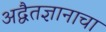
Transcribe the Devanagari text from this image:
अद्वैतज्ञानाचा